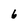
Character: 6